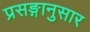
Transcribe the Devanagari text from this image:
प्रसङ्गानुसार